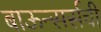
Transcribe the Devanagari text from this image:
बाऊन्सर्सची